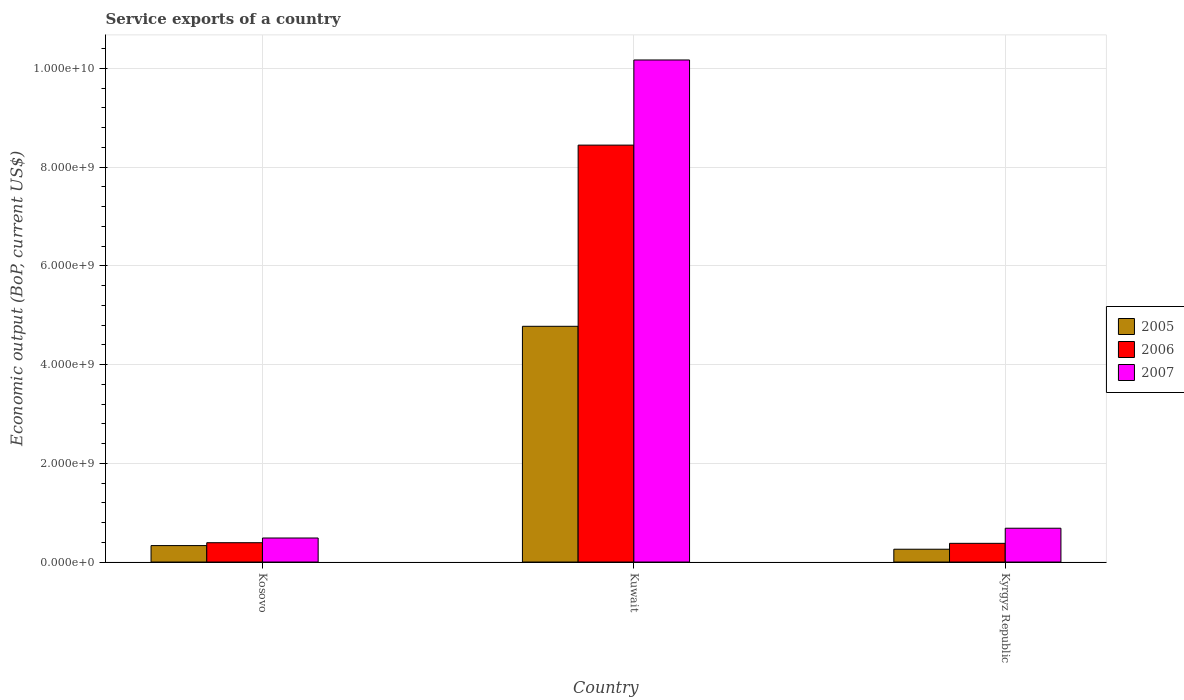
| Country | 2005 | 2006 | 2007 |
 | --- | --- | --- | --- |
 | Kosovo | 3.33e+08 | 3.91e+08 | 4.86e+08 |
 | Kuwait | 4.77e+09 | 8.44e+09 | 1.02e+10 |
 | Kyrgyz Republic | 2.59e+08 | 3.79e+08 | 6.85e+08 |